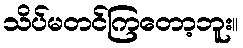
သိပ်မတင်ကြတော့ဘူး။